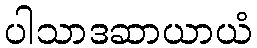
ပါသာဒဆာယာယံ